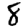
Digit: 8